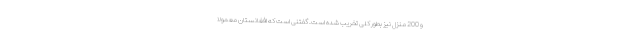
و 200 منزل نیز بطور کلی تخریب شده است. گفتنی است که افغانستان معمولاً